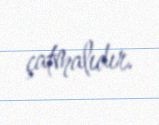
çatmalıdır.